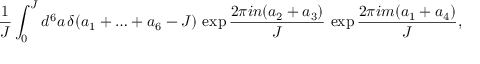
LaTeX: \frac { 1 } { J } \int _ { 0 } ^ { J } d ^ { 6 } a \, \delta ( a _ { 1 } + \ldots + a _ { 6 } - J ) \, \exp \frac { 2 \pi i n ( a _ { 2 } + a _ { 3 } ) } { J } \, \exp \frac { 2 \pi i m ( a _ { 1 } + a _ { 4 } ) } { J } ,